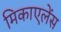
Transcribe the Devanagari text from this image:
मिकाएलेंस